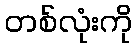
တစ်လုံးကို